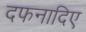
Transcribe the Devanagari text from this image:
दफनादिए